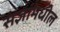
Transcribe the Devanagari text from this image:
संज्ञांमधील